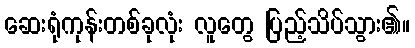
ဆေးရုံကုန်းတစ်ခုလုံး လူတွေ ပြည့်သိပ်သွား၏။